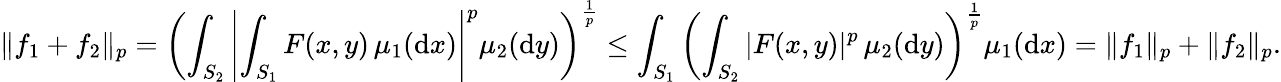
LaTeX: \| f_{1}+f_{2}\| _{p}=\left(\int_{S_{2}}\left|\int_{S_{1}}F(x,y)\, \mu_{1}(\mathrm{d}x)\right|^{p}\mu_{2}(\mathrm{d}y)\right)^{\frac{1}{p}}\leq\int_{S_{1}}\left(\int_{S_{2}}|F(x,y)|^{p}\, \mu_{2}(\mathrm{d}y)\right)^{\frac{1}{p}}\mu_{1}(\mathrm{d}x)=\| f_{1}\| _{p}+\| f_{2}\| _{p}.